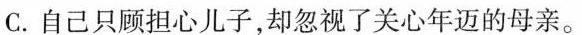
C.自己只顾担心儿子，却忽视了关心年迈的母亲。